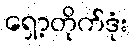
ရှော့တိုက်ဒုံး